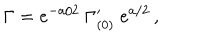
\Gamma = e ^ { - a / 2 } \ \Gamma _ { ( 0 ) } ^ { \prime } \ e ^ { a / 2 } \, ,